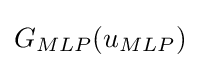
G_{MLP}(u_{MLP})